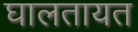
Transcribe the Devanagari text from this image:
घालतायत